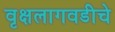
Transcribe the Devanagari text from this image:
वृक्षलागवडीचे